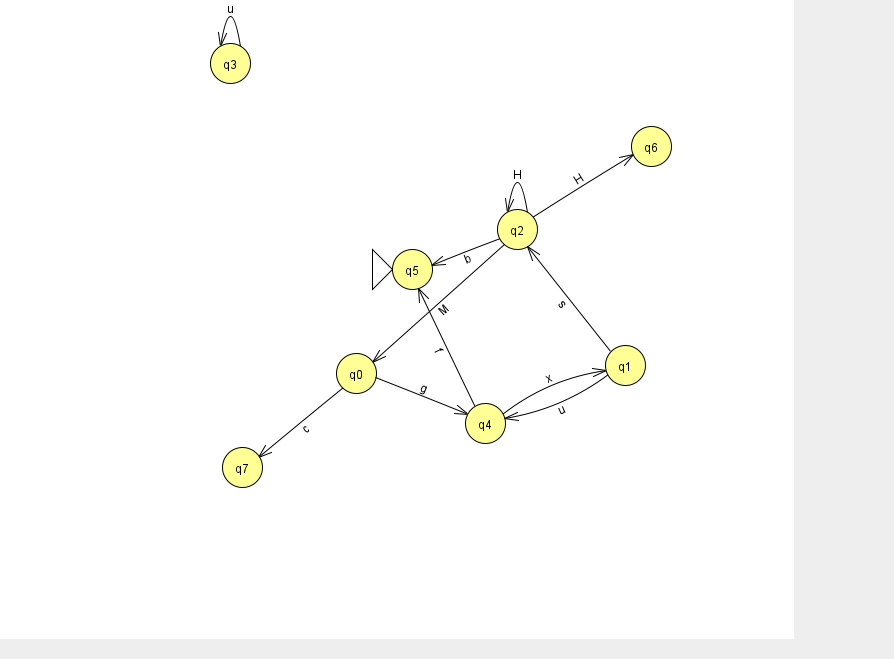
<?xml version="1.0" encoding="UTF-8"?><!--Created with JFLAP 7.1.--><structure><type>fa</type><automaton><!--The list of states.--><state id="0" name="q0"><x>356.0</x><y>360.0</y></state><state id="1" name="q1"><x>625.0</x><y>352.0</y></state><state id="2" name="q2"><x>517.0</x><y>216.0</y></state><state id="3" name="q3"><x>230.0</x><y>50.0</y></state><state id="4" name="q4"><x>485.0</x><y>410.0</y></state><state id="5" name="q5"><x>412.0</x><y>256.0</y><initial/></state><state id="6" name="q6"><x>651.0</x><y>133.0</y></state><state id="7" name="q7"><x>242.0</x><y>454.0</y></state><!--The list of transitions.--><transition><from>2</from><to>5</to><read>b</read></transition><transition><from>4</from><to>5</to><read>f</read></transition><transition><from>3</from><to>3</to><read>u</read></transition><transition><from>2</from><to>0</to><read>M</read></transition><transition><from>2</from><to>6</to><read>H</read></transition><transition><from>1</from><to>2</to><read>s</read></transition><transition><from>1</from><to>4</to><read>u</read></transition><transition><from>0</from><to>7</to><read>c</read></transition><transition><from>2</from><to>2</to><read>H</read></transition><transition><from>0</from><to>4</to><read>g</read></transition><transition><from>4</from><to>1</to><read>x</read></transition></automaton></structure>